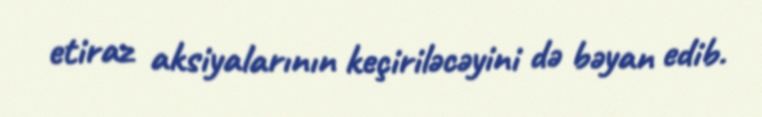
etiraz aksiyalarının keçiriləcəyini də bəyan edib.